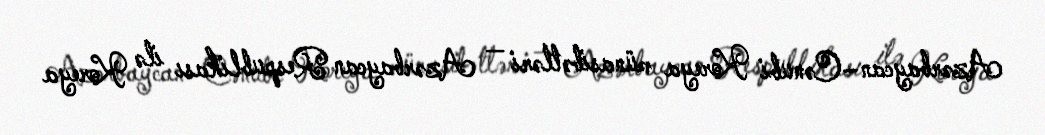
Azərbaycan–Cənubi Koreya münasibətləri — Azərbaycan Respublikası ilə Koreya